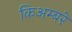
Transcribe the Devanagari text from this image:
किअम्बरे